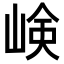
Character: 𡸴